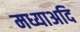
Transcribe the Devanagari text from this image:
मध्याअदि